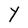
Character: Y